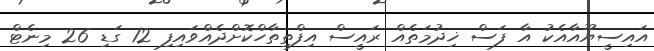
އައިސީޔޫއާއެކު އާ ފަސް ޚިދުމަތެއް ރައީސް އިފްތިތާހްކޮށްދެއްވައިފި 12 ގަޑި 26 މިނެޓް